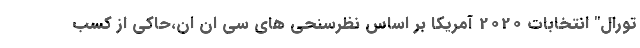
تورال" انتخابات 2020 آمریکا بر اساس نظرسنحی های سی ان ان،حاکی از کسب